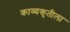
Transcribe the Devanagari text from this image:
काव्यकृतीला